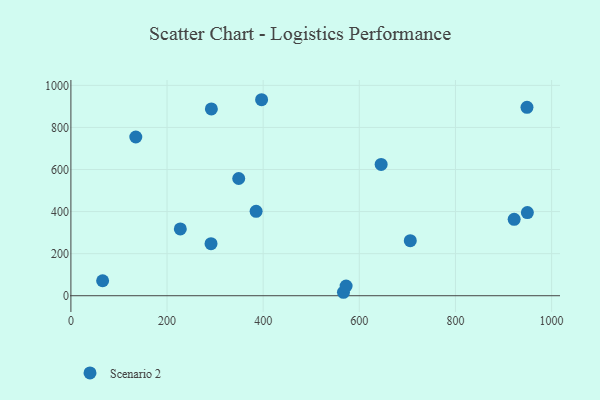
{"axis": {"x": "Study Hours", "y": "Profit"}, "legend": ["Scenario 2"], "data": [{"x": "645.4", "y": 624.2, "type": "Scenario 2"}, {"x": "291.5", "y": 247.6, "type": "Scenario 2"}, {"x": "66.0", "y": 71.3, "type": "Scenario 2"}, {"x": "349.1", "y": 557.3, "type": "Scenario 2"}, {"x": "922.1", "y": 363.3, "type": "Scenario 2"}, {"x": "949.6", "y": 395.4, "type": "Scenario 2"}, {"x": "948.8", "y": 895.5, "type": "Scenario 2"}, {"x": "567.0", "y": 16.4, "type": "Scenario 2"}, {"x": "292.2", "y": 888.2, "type": "Scenario 2"}, {"x": "385.3", "y": 401.2, "type": "Scenario 2"}, {"x": "572.5", "y": 46.2, "type": "Scenario 2"}, {"x": "706.0", "y": 261.7, "type": "Scenario 2"}, {"x": "396.7", "y": 931.8, "type": "Scenario 2"}, {"x": "135.0", "y": 754.5, "type": "Scenario 2"}, {"x": "227.6", "y": 317.6, "type": "Scenario 2"}]}